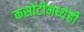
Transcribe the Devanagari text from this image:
कसोटीमध्येही